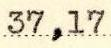
37,17